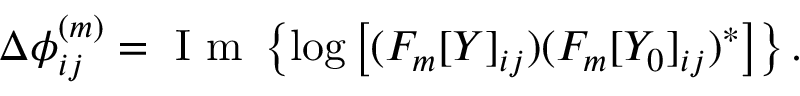
\Delta \phi _ { i j } ^ { ( m ) } = \mathrm { ~ I ~ m ~ } \left\{ \log \left[ ( F _ { m } [ Y ] _ { i j } ) ( F _ { m } [ Y _ { 0 } ] _ { i j } ) ^ { * } \right] \right\} .